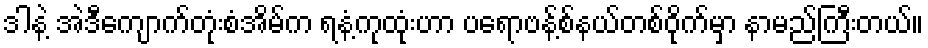
ဒါနဲ့ အဲဒီကျောက်တုံးစံအိမ်က ရနံ့ကုထုံးဟာ ပရောဗန့်စ်နယ်တစ်ဝိုက်မှာ နာမည်ကြီးတယ်။